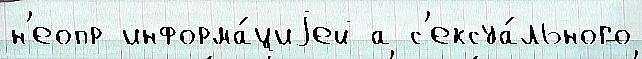
н'еопр информа́циjей а с'ексуа́льного